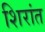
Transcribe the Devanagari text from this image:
शिरांत